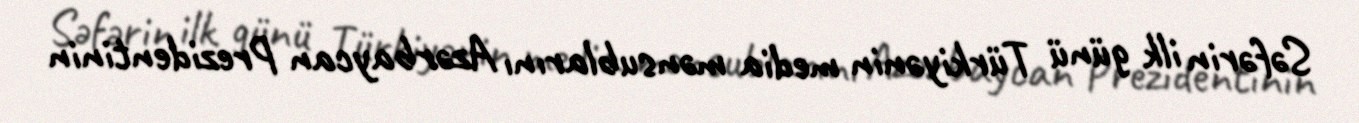
Səfərin ilk günü Türkiyənin media mənsublarını Azərbaycan Prezidentinin